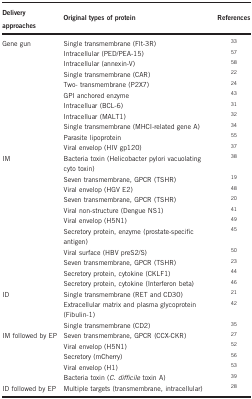
<table><thead><tr><td><b>Delivery approaches</b></td><td><b>Original types of protein</b></td><td><b>References</b></td></tr></thead><tbody><tr><td>Gene gun</td><td>Single transmembrane (Flt-3R)</td><td><sup>33</sup></td></tr><tr><td> </td><td>Intracellular (PED/PEA-15)</td><td><sup>57</sup></td></tr><tr><td> </td><td>Intracellular (annexin-V)</td><td><sup>58</sup></td></tr><tr><td> </td><td>Single transmembrane (CAR)</td><td><sup>22</sup></td></tr><tr><td> </td><td>Two- transmembrane (P2X7)</td><td><sup>24</sup></td></tr><tr><td> </td><td>GPI anchored enzyme</td><td><sup>43</sup></td></tr><tr><td> </td><td>Intracelluar (BCL-6)</td><td><sup>31</sup></td></tr><tr><td> </td><td>Intracelluar (MALT1)</td><td><sup>32</sup></td></tr><tr><td> </td><td>Single transmembrane (MHCI-related gene A)</td><td><sup>34</sup></td></tr><tr><td> </td><td>Parasite lipoprotein</td><td><sup>55</sup></td></tr><tr><td> </td><td>Viral envelop (HIV gp120)</td><td><sup>37</sup></td></tr><tr><td>IM</td><td>Bacteria toxin (Helicobacter pylori vacuolating cyto toxin)</td><td><sup>38</sup></td></tr><tr><td> </td><td>Seven transmembrane, GPCR (TSHR)</td><td><sup>19</sup></td></tr><tr><td> </td><td>Viral envelop (HGV E2)</td><td><sup>48</sup></td></tr><tr><td> </td><td>Seven transmembrane, GPCR (TSHR)</td><td><sup>20</sup></td></tr><tr><td> </td><td>Viral non-structure (Dengue NS1)</td><td><sup>41</sup></td></tr><tr><td> </td><td>Viral envelop (H5N1)</td><td><sup>49</sup></td></tr><tr><td> </td><td>Secretory protein, enzyme (prostate-specific antigen)</td><td><sup>45</sup></td></tr><tr><td> </td><td>Viral surface (HBV preS2/S)</td><td><sup>50</sup></td></tr><tr><td> </td><td>Seven transmembrane, GPCR (TSHR)</td><td><sup>23</sup></td></tr><tr><td> </td><td>Secretory protein, cytokine (CKLF1)</td><td><sup>44</sup></td></tr><tr><td> </td><td>Secretory protein, cytokine (Interferon beta)</td><td><sup>46</sup></td></tr><tr><td>ID</td><td>Single transmembrane (RET and CD30)</td><td><sup>21</sup></td></tr><tr><td> </td><td>Extracellular matrix and plasma glycoprotein (Fibulin-1)</td><td><sup>42</sup></td></tr><tr><td> </td><td>Single transmembrane (CD2)</td><td><sup>35</sup></td></tr><tr><td>IM followed by EP</td><td>Seven transmembrane, GPCR (CCX-CKR)</td><td><sup>27</sup></td></tr><tr><td> </td><td>Viral envelop (H5N1)</td><td><sup>52</sup></td></tr><tr><td> </td><td>Secretory (mCherry)</td><td><sup>56</sup></td></tr><tr><td> </td><td>Viral envelop (H1)</td><td><sup>53</sup></td></tr><tr><td> </td><td>Bacteria toxin (<i>C. difficile</i> toxin A)</td><td><sup>39</sup></td></tr><tr><td>ID followed by EP</td><td>Multiple targets (transmembrane, intracellular)</td><td><sup>28</sup></td></tr></tbody></table>